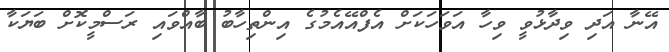
އޭނާ އަދި ވިދާޅުވީ ވިހާ އަވަހަކަށް އެފްއޭއެމުގެ އިންތިހާބު ބާއްވައި ރަސްމީކޮށް ބަޔަކާ